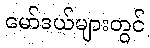
မော်ဒယ်များတွင်